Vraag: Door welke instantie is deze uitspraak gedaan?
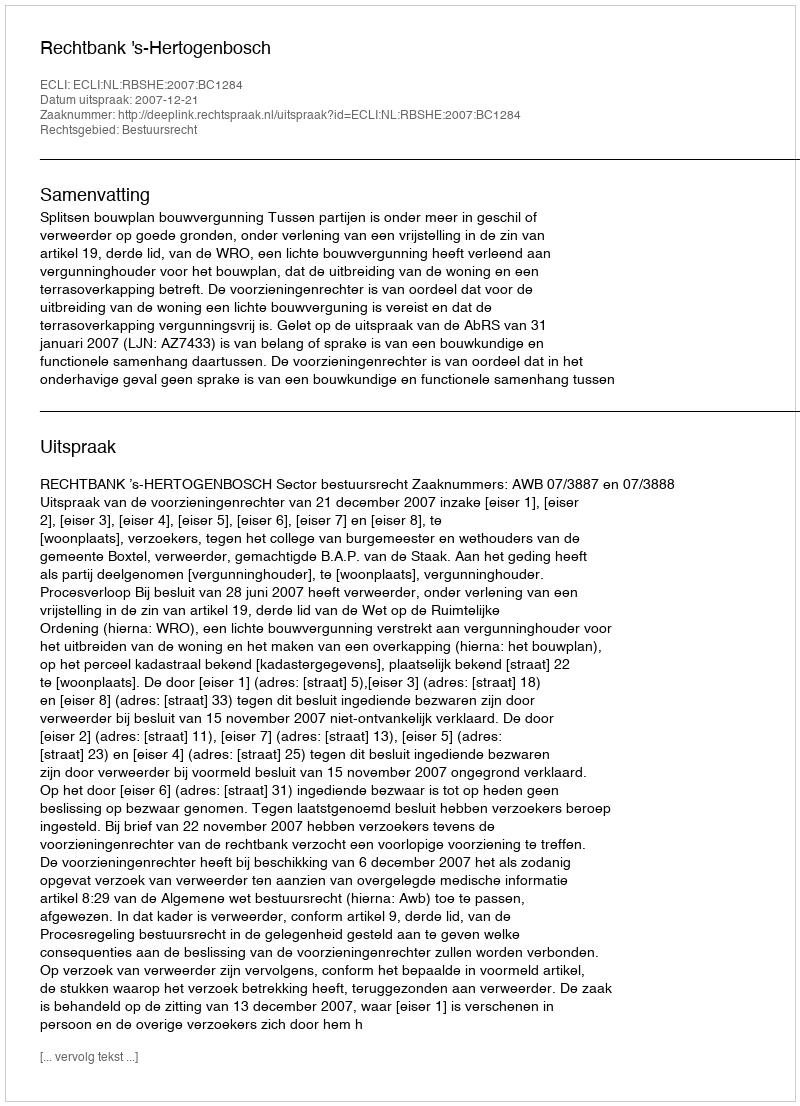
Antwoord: Rechtbank 's-Hertogenbosch